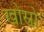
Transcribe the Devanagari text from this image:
खोस्रो